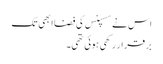
اس نے سسپنس کی فضا ابھی تک
بر قرار رکھی ہوئی تھی۔